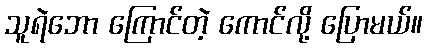
သူရဲဘော ကြောင်တဲ့ ကောင်လို့ ပြောမယ်။